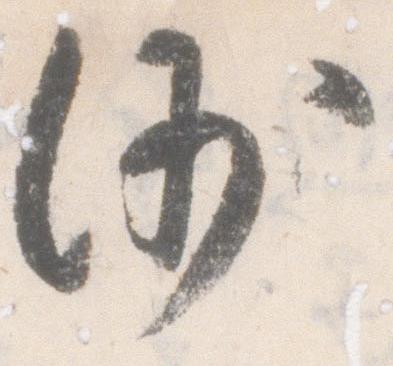
沙